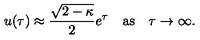
u ( \tau ) \approx { \frac { \sqrt { 2 - \kappa } } { 2 } } e ^ { \tau } \quad \mathrm { a s } \quad \tau \rightarrow \infty .